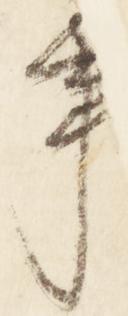
事